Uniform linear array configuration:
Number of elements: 24
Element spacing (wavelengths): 0.25
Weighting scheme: kaiser
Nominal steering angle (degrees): -60
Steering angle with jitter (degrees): -58.668
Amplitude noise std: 0.05
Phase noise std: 0.05

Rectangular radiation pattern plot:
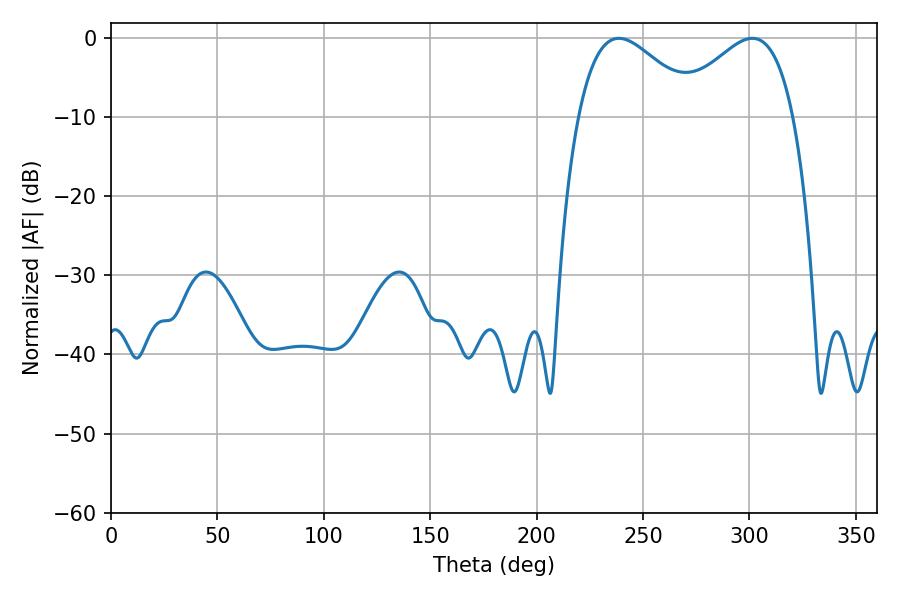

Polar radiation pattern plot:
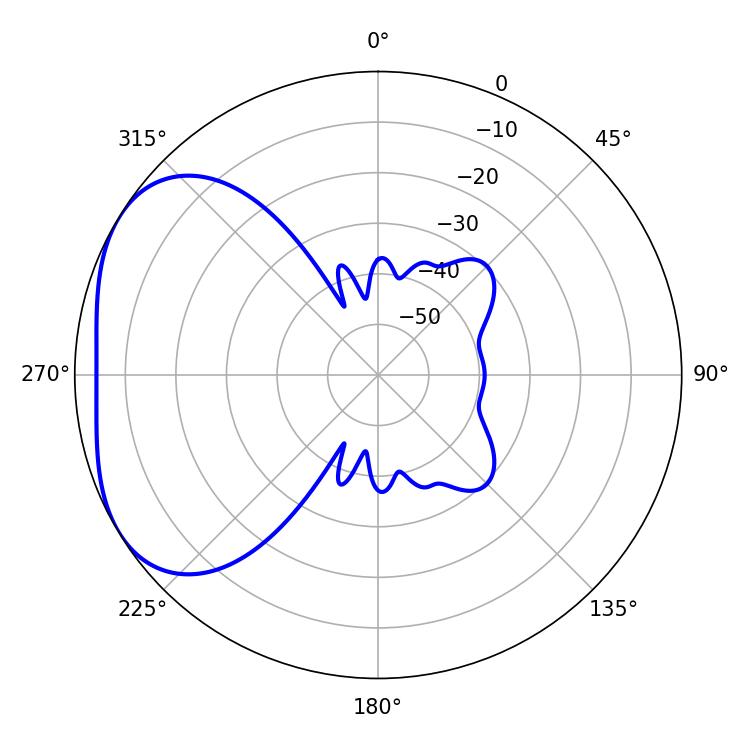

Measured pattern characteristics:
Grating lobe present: FALSE
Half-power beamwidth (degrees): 30.42
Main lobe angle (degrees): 238.68